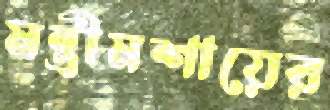
মন্ত্রীমশায়ের